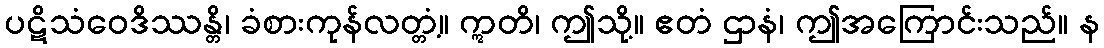
ပဋိသံဝေဒိဿန္တိ၊ ခံစားကုန်လတ္တံ့။ ဣတိ၊ ဤသို့။ ဧတံ ဌာနံ၊ ဤအကြောင်းသည်။ န